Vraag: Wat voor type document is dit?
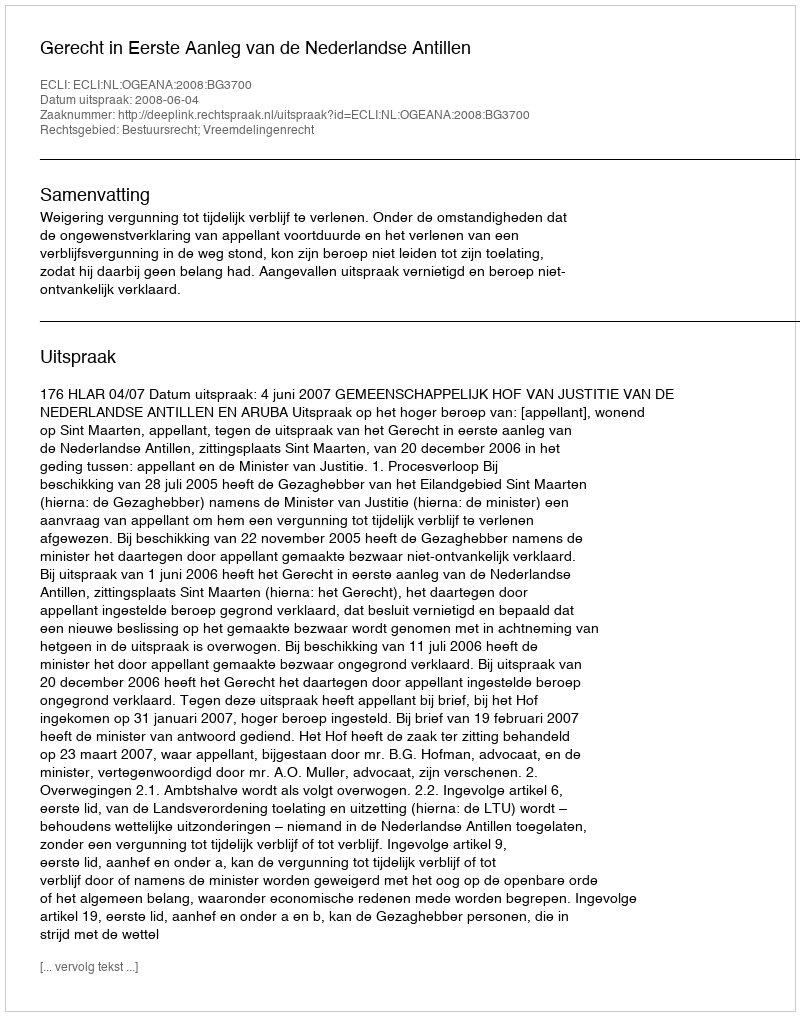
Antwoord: Uitspraak